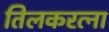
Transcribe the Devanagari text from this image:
तिलकरत्ना